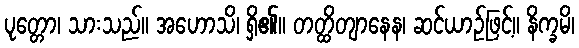
ပုတ္တော၊ သားသည်။ အဟောသိ၊ ရှိ၏။ တတ္ထိတျာနေန၊ ဆင်ယာဉ်ဖြင့်။ နိက္ခမိ၊